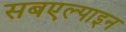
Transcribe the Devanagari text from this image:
सबएल्पाइन